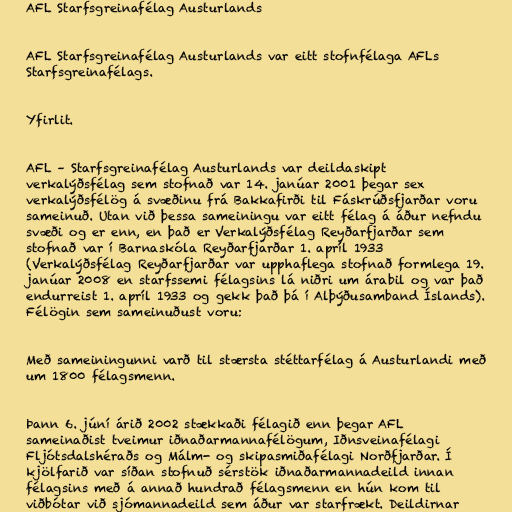
AFL Starfsgreinafélag Austurlands

AFL Starfsgreinafélag Austurlands var eitt stofnfélaga AFLs
Starfsgreinafélags.

Yfirlit.

AFL – Starfsgreinafélag Austurlands var deildaskipt
verkalýðsfélag sem stofnað var 14. janúar 2001 þegar sex
verkalýðsfélög á svæðinu frá Bakkafirði til Fáskrúðsfjarðar voru
sameinuð. Utan við þessa sameiningu var eitt félag á áður nefndu
svæði og er enn, en það er Verkalýðsfélag Reyðarfjarðar sem
stofnað var í Barnaskóla Reyðarfjarðar 1. apríl 1933
(Verkalýðsfélag Reyðarfjarðar var upphaflega stofnað formlega 19.
janúar 2008 en starfssemi félagsins lá niðri um árabil og var það
endurreist 1. apríl 1933 og gekk það þá í Alþýðusamband Íslands).
Félögin sem sameinuðust voru:

Með sameiningunni varð til stærsta stéttarfélag á Austurlandi með
um 1800 félagsmenn.

Þann 6. júní árið 2002 stækkaði félagið enn þegar AFL
sameinaðist tveimur iðnaðarmannafélögum, Iðnsveinafélagi
Fljótsdalshéraðs og Málm- og skipasmiðafélagi Norðfjarðar. Í
kjölfarið var síðan stofnuð sérstök iðnaðarmannadeild innan
félagsins með á annað hundrað félagsmenn en hún kom til
viðbótar við sjómannadeild sem áður var starfrækt. Deildirnar